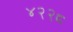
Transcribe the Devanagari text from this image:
४२२८